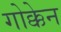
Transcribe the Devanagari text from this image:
गोक्केन